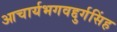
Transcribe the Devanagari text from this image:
आचार्यभगवद्दुर्गसिंह